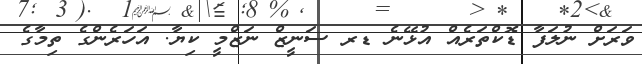
ވަރަށް ނުލަފާ ޑޮކްތަރެއް އުޅޭނެ ޑރ ސަނީޒް ނަޒްމީ ކިޔާ. އަހަރެންގެ ތިމާގެ